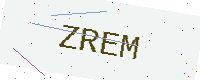
Text: ZREM